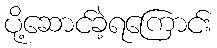
ပို့ဆောင်ခဲ့ရကြောင်း